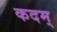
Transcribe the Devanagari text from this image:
कदम्